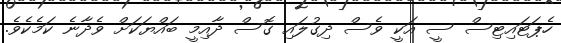
ހެޕަޓައިޓިސް ސީ އަކީ ވެސް ދިގުލައި ގޮސް ދާއިމީ ބައްޔަކަށް ވެދާނެ ކަމެކެވެ.